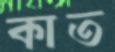
কাত